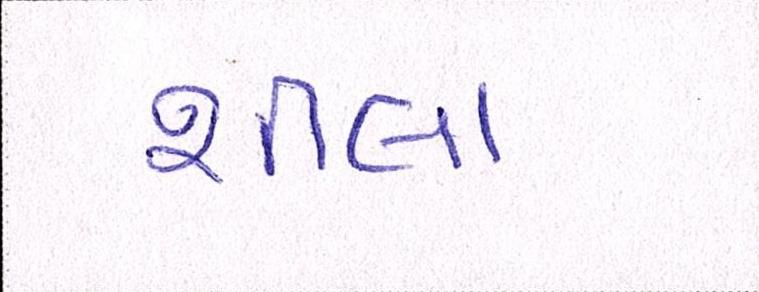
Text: શીલા